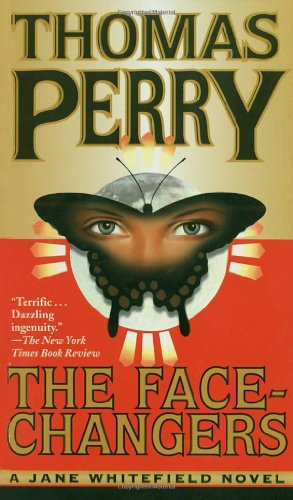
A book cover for The Face-Changers (Jane Whitefield); Thomas Perry; Literature & Fiction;